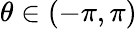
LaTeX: \theta\in(-\pi,\pi)